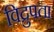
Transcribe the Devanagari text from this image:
विद्रुपता